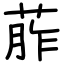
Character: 葄